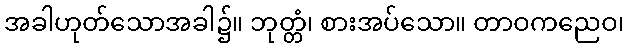
အခါဟုတ်သောအခါ၌။ ဘုတ္တံ၊ စားအပ်သော။ တာဝကညေဝ၊